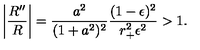
\left| { \frac { R ^ { \prime \prime } } { R } } \right| = { \frac { a ^ { 2 } } { ( 1 + a ^ { 2 } ) ^ { 2 } } } { \frac { ( 1 - \epsilon ) ^ { 2 } } { r _ { + } ^ { 2 } \epsilon ^ { 2 } } } > 1 .